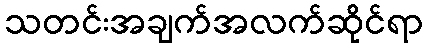
သတင်းအချက်အလက်ဆိုင်ရာ